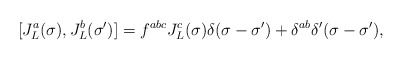
\begin{align*}[J_L^a(\sigma),J_L^b(\sigma^\prime)]=f^{abc}J_L^c(\sigma)\delta(\sigma-\sigma^\prime)+\delta^{ab}\delta^\prime(\sigma-\sigma^\prime),\end{align*}